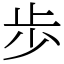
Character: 歩